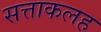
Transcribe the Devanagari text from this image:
सत्ताकलह